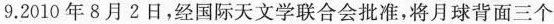
9.2010年8月2日，经国际天文学联合会批准，将月球背面三个